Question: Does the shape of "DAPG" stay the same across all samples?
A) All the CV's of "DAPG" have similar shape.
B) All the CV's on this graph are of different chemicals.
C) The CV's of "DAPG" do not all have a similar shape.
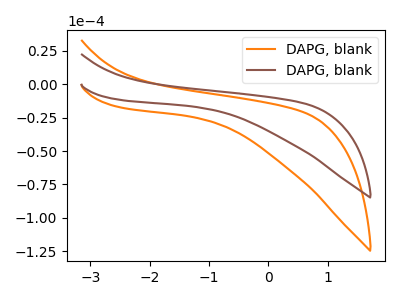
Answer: <think>The orange curve "DAPG, blank1" has no peaks. The brown curve "DAPG, blank2" has no peaks.
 Neither "DAPG, blank1" or "DAPG, blank2" have any peaks.</think>
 <answer>A) All the CV's of "DAPG" have similar shape.</answer>
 <eval>A</eval>